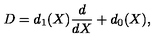
D = d _ { 1 } ( X ) \frac { d } { d X } + d _ { 0 } ( X ) ,